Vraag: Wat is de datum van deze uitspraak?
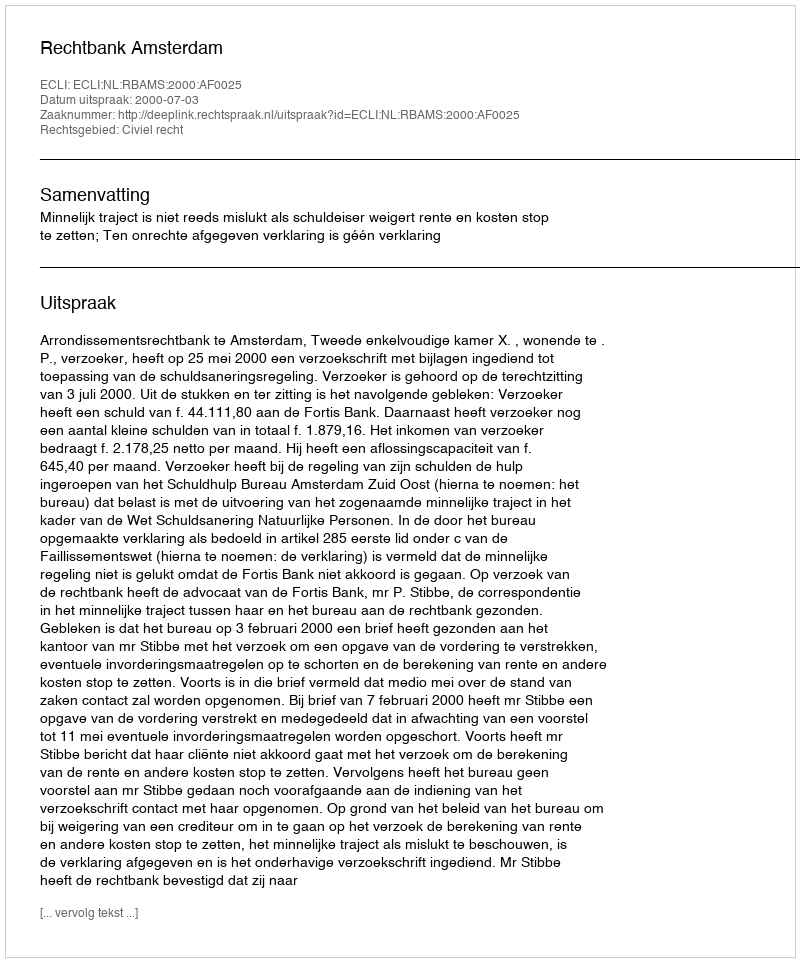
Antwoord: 2000-07-03